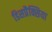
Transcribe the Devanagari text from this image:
डिसप्रैक्सिया